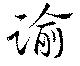
諭